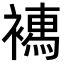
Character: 𧝄